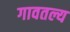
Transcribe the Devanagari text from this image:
गावतल्य